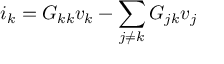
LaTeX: i _ { k } = G _ { k k } v _ { k } - \sum _ { j \neq k } G _ { j k } v _ { j }